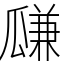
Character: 㼓